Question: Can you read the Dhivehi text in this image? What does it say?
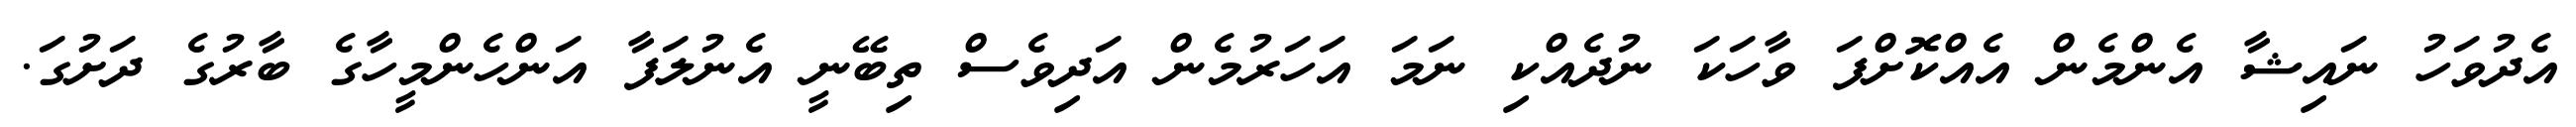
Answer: އެދުވަހު ނައިޝާ އެންމެން އެއްކޮށްފަ ވާހަކަ ނުދެއްކި ނަމަ އަހަރުމެން އަދިވެސް ތިބޭނީ އެނުލަފާ އަންހެންމީހާގެ ބާރުގެ ދަށުގަ.